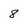
Character: 8